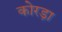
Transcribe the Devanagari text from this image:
कोरड़ा